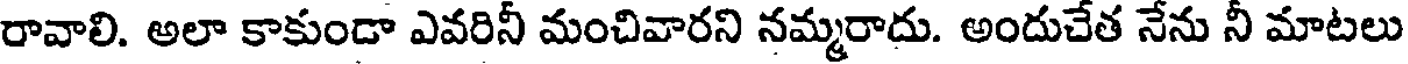
రావాలి. అలా కాకుండా ఎవరినీ మంచివారని నమ్మరాదు. అందుచేత నేను నీ మాటలు